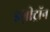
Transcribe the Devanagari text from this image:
इग्नीट्रॉन